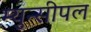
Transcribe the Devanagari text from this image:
म्युन्सीपल